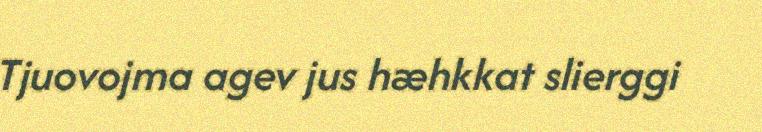
Tjuovojma agev jus hæhkkat slierggi